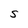
Character: S